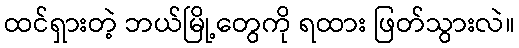
ထင်ရှားတဲ့ ဘယ်မြို့တွေကို ရထား ဖြတ်သွားလဲ။